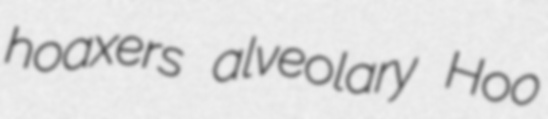
hoaxers alveolary Hoo